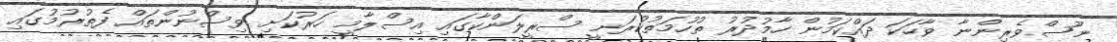
ނޫސްވެރިންނާ ވާހަކަ ދައްކަމުން ހާމުދުރު ތުހުމަތުކުރަނީ ސްރީލަންކާގައި އިސްލާމީ ހަރުކަށި ވިސްނުންތައް ފެތުރުމުގައި